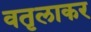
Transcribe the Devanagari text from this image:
वतृलाकर